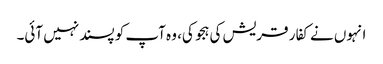
انہوں نے کفار قریش کی ہجو کی، وہ آپ کو پسند نہیں آئی۔